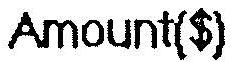
AMOUNT($)